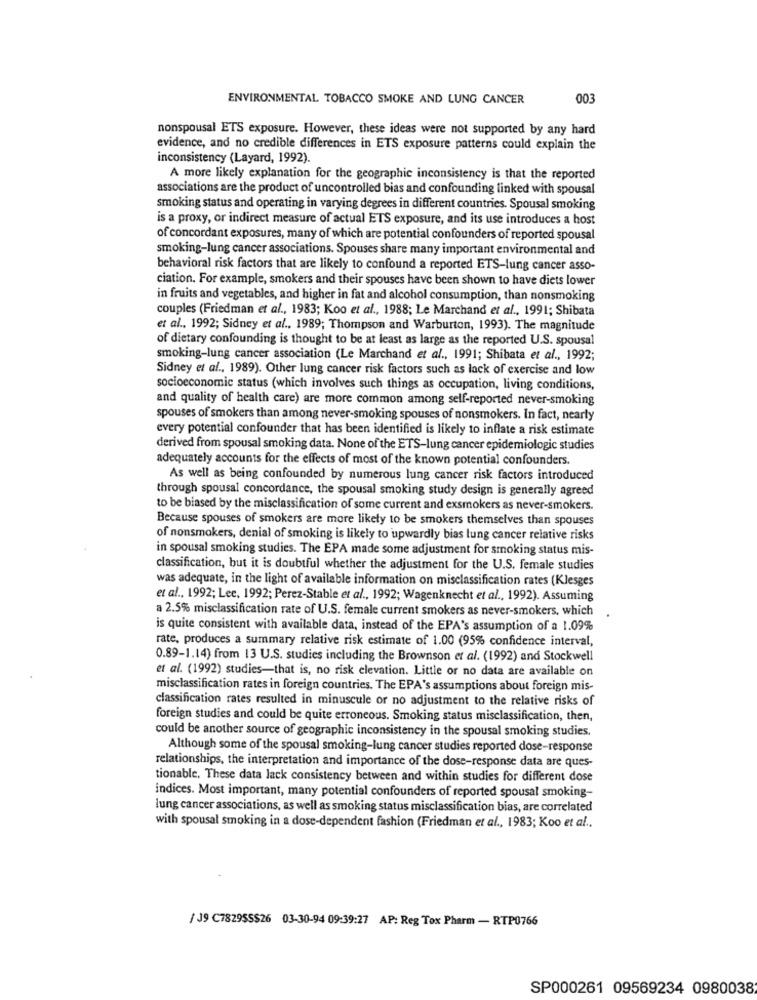
ENVIRONMENTAL TOBACCO SMOKE AND LUNG CANCER
003
nonspousal ETS exposure. However, these ideas were not supported by any hard
evidence, and no credible differences in ETS exposure patterns could explain the
inconsistency (Layard, 1992).
A more likely explanation for the geographic inconsistency is that the reported
associations are the product of uncontrolled bias and confounding linked with spousal
smoking status and operating in varying degrees in different countries. Spousal smoking
is a proxy, or indirect measure of actual ETS exposure, and its use introduces a host
of concordant exposures, many of which are potential confounders of reported spousal
smoking-lung cancer associations. Spouses share many important environmental and
behavioral risk factors that are likely to confound a reported ETS-lung cancer asso-
ciation. For example, smokers and their spouses have been shown to have diets lower
in fruits and vegetables, and higher in fat and alcohol consumption, than nonsmoking
couples (Friedman et al ., 1983; Koo et al ., 1988; Le Marchand et al ., 1991; Shibata
et al ., 1992; Sidney et al ., 1989; Thompson and Warburton, 1993). The magnitude
of dietary confounding is thought to be at least as large as the reported U.S. spousal
smoking-lung cancer association (Le Marchand et al ., 1991; Shibata et al ., 1992;
Sidney et al ., 1989). Other lung cancer risk factors such as lack of exercise and low
socioeconomic status (which involves such things as occupation, living conditions,
and quality of health care) are more common among self-reported never-smoking
spouses of smokers than among never-smoking spouses of nonsmokers. In fact, nearly
every potential confounder that has been identified is likely to inflate a risk estimate
derived from spousal smoking data. None of the ETS-lung cancer epidemiologic studies
adequately accounts for the effects of most of the known potential confounders.
As well as being confounded by numerous lung cancer risk factors introduced
through spousal concordance, the spousal smoking study design is generally agreed
to be biased by the misclassification of some current and exsmokers as never-smokers.
Because spouses of smokers are more likely to be smokers themselves than spouses
of nonsmokers, denial of smoking is likely to upwardly bias lung cancer relative risks
in spousal smoking studies. The EPA made some adjustment for smoking status mis-
classification, but it is doubtful whether the adjustment for the U.S. female studies
was adequate, in the light of available information on misclassification rates (Klesges
et al ., 1992; Lee, 1992; Perez-Stable et al ., 1992; Wagenknecht et al ., 1992). Assuming
a 2.5% misclassification rate of U.S. female current smokers as never-smokers, which
is quite consistent with available data, instead of the EPA's assumption of a 1.09%
rate, produces a summary relative risk estimate of 1.00 (95% confidence interval,
0.89-1.14) from 13 U.S. studies including the Brownson et al. (1992) and Stockwell
et al. (1992) studies-that is, no risk elevation. Little or no data are available on
misclassification rates in foreign countries. The EPA's assumptions about foreign mis-
classification rates resulted in minuscule or no adjustment to the relative risks of
foreign studies and could be quite erroneous. Smoking status misclassification, then,
could be another source of geographic inconsistency in the spousal smoking studies.
Although some of the spousal smoking-lung cancer studies reported dose-response
relationships, the interpretation and importance of the dose-response data are ques-
tionable, These data lack consistency between and within studies for different dose
indices. Most important, many potential confounders of reported spousal smoking-
lung cancer associations, as well as smoking status misclassification bias, are correlated
with spousal smoking in a dose-dependent fashion (Friedman et al ., 1983; Koo et al ..
/ J9 C7829SS$26 03-30-94 09:39:27 AP: Reg Tox Pharm - RTP0766
SP000261 09569234 0980038